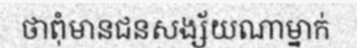
ថាពុំមានជនសង្ស័យណាម្នាក់